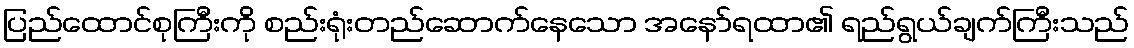
ပြည်ထောင်စုကြီးကို စည်းရုံးတည်ဆောက်နေသော အနော်ရထာ၏ ရည်ရွယ်ချက်ကြီးသည်